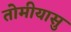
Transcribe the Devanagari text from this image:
तोमीयासु